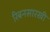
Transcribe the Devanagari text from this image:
रिबनसारखी